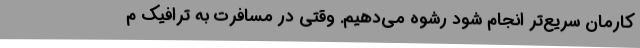
کارمان سریع‌تر انجام شود رشوه می‌دهیم. وقتی در مسافرت به ترافیک م